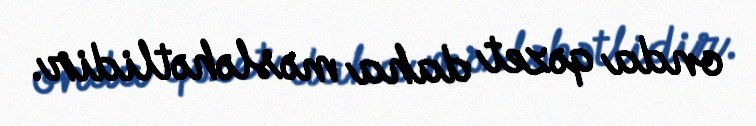
onda qəzet daha məsləhətlidir.